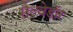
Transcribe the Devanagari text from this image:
सैल्वेडॉर